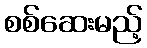
စစ်ဆေးမည့်